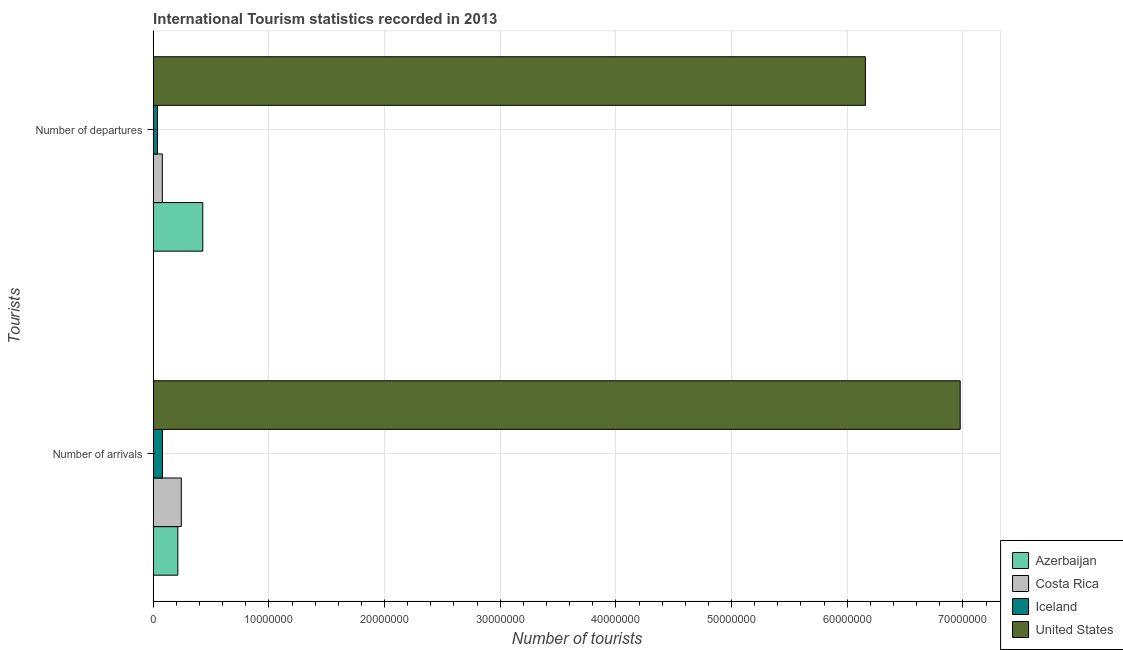
| Tourists | Azerbaijan | Costa Rica | Iceland | United States |
 | --- | --- | --- | --- | --- |
 | Number of arrivals | 2.13e+06 | 2.43e+06 | 8e+05 | 6.98e+07 |
 | Number of departures | 4.28e+06 | 7.9e+05 | 3.65e+05 | 6.16e+07 |